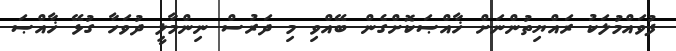
ފުވައްމުލަކު ރައްޔިތުންނަށް ޚާއްޞަކޮށްގެން ބޭއްވި މި ދަރުސް ނިންމާލީ ދުވަހާ ގުޅޭ ޚާއްޞަ